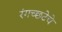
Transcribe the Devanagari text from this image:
रंगच्‍छटेचे